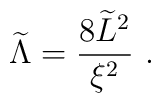
{\widetilde \Lambda}={8{\widetilde L}^2\over\xi^2}~.